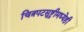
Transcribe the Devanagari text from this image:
चित्रपटसुष्ट्रीमध्येही